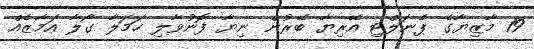
19 މާޒިޔާގެ ޕެނަލްޓި އޭރިޔާ ބޭރުން ނިޔާ ފޮނުވާލި ހަމަލާ ގޯލާ އަމާޒެއް